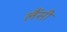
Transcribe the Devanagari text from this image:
लैंसी